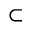
\subset